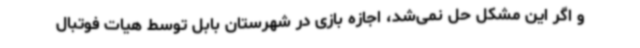
و اگر این مشکل حل نمی‌شد، اجازه بازی در شهرستان بابل توسط هیات فوتبال